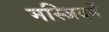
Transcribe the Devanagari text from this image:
मस्जिदमें